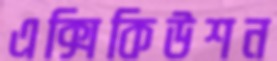
এক্সিকিউশন